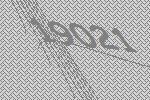
19021